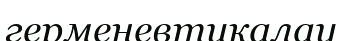
герменевтикалау